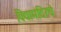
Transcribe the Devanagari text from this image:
विद्यामंदिरचे